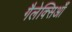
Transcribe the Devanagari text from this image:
गैलेक्सिआँ